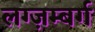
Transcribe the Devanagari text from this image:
लग्ज़म्बर्ग